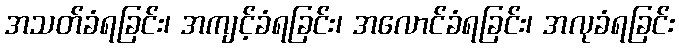
အသတ်ခံရခြင်း၊ အကျင့်ခံရခြင်း၊ အလောင်ခံရခြင်း၊ အလုခံရခြင်း